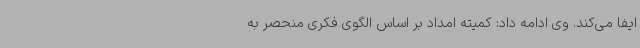
ایفا می‌کند. وی ادامه داد: کمیته امداد بر اساس الگوی فکری منحصر به